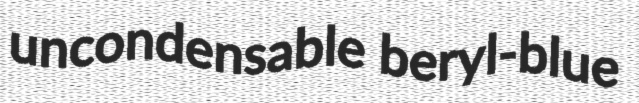
uncondensable beryl-blue